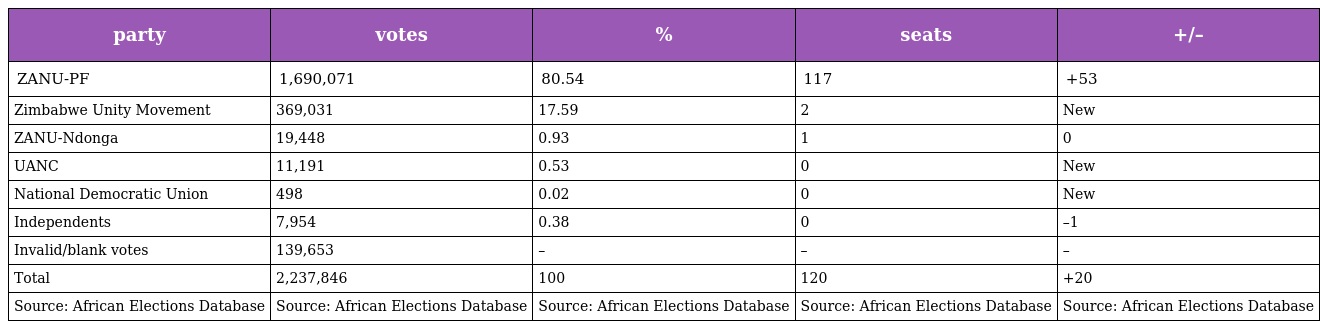
| party | votes | % | seats | +/– |
 | --- | --- | --- | --- | --- |
 | ZANU-PF | 1,690,071 | 80.54 | 117 | +53 |
 | Zimbabwe Unity Movement | 369,031 | 17.59 | 2 | New |
 | ZANU-Ndonga | 19,448 | 0.93 | 1 | 0 |
 | UANC | 11,191 | 0.53 | 0 | New |
 | National Democratic Union | 498 | 0.02 | 0 | New |
 | Independents | 7,954 | 0.38 | 0 | –1 |
 | Invalid/blank votes | 139,653 | – | – | – |
 | Total | 2,237,846 | 100 | 120 | +20 |
 | Source: African Elections Database | Source: African Elections Database | Source: African Elections Database | Source: African Elections Database | Source: African Elections Database |